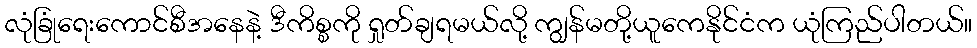
လုံခြုံရေးကောင်စီအနေနဲ့ ဒီကိစ္စကို ရှုတ်ချရမယ်လို့ ကျွန်မတို့ယူကေနိုင်ငံက ယုံကြည်ပါတယ်။